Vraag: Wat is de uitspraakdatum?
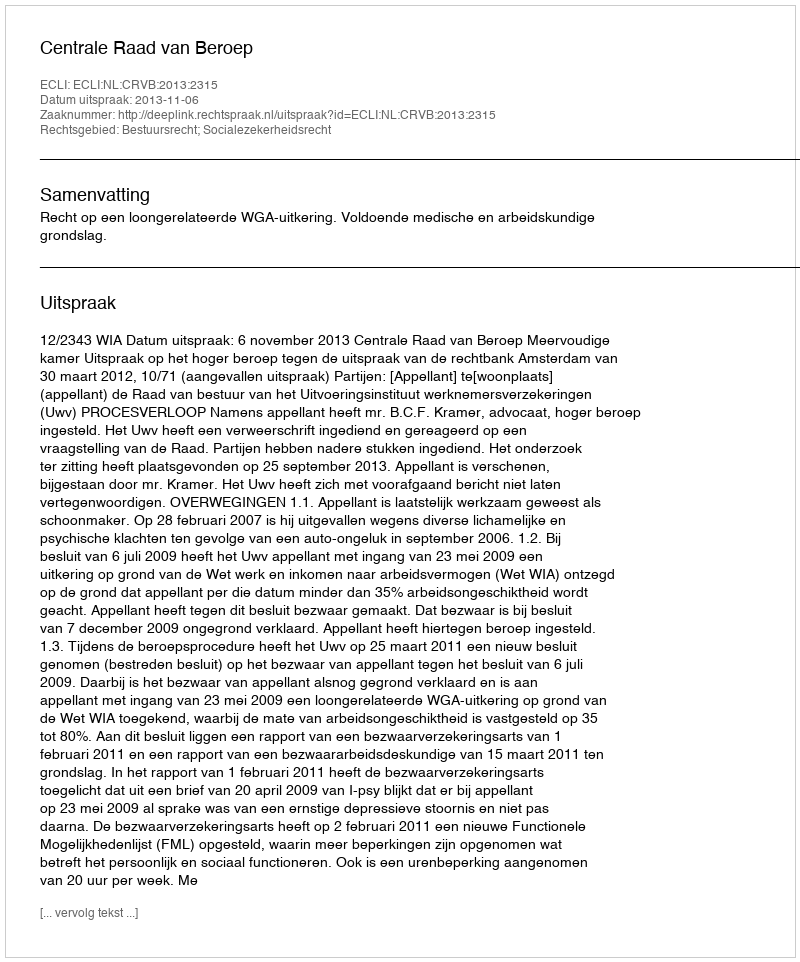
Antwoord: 2013-11-06